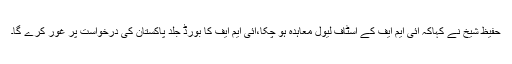
حفیظ شیخ نے کہاکہ آئی ایم ایف کے اسٹاف لیول معاہدہ ہو چکا،آئی ایم ایف کا بورڈ جلد پاکستان کی درخواست پر غور کرے گا۔